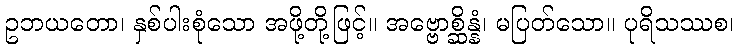
ဥဘယတော၊ နှစ်ပါးစုံသော အဖို့တို့ဖြင့်။ အဗ္ဗောစ္ဆိန္နံ၊ မပြတ်သော။ ပုရိသဿစ၊